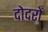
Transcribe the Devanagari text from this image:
दोदरों